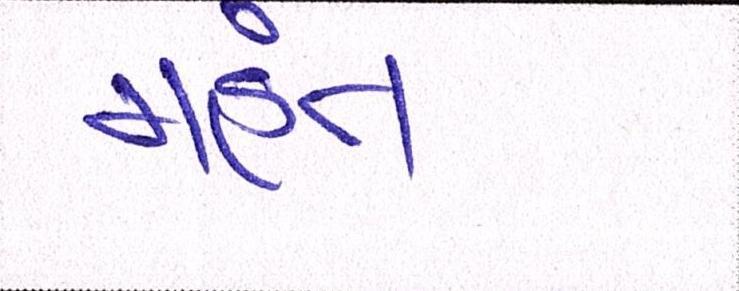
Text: મહંત